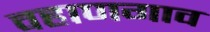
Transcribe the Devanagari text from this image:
वहाणगाव